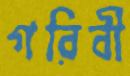
গরিবী